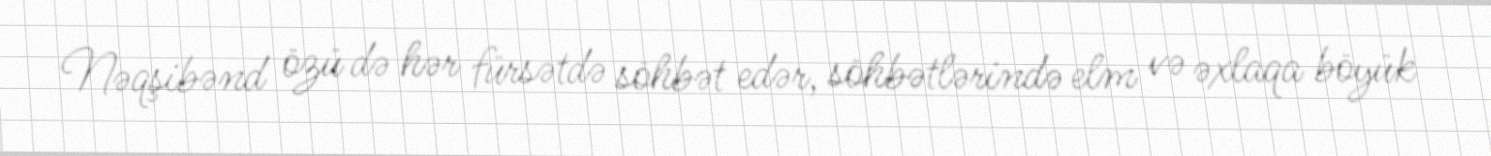
Nəqşibənd özü də hər fürsətdə söhbət edər, söhbətlərində elm və əxlaqa böyük